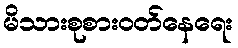
မိသားစုစားဝတ်နေရေး